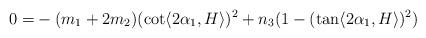
LaTeX: \begin{align*} 0=& -(m_{1}+2m_{2})(\cot \langle 2\alpha_{1}, H\rangle )^{2} +n_{3}(1-(\tan \langle 2\alpha_{1}, H\rangle )^{2}) \end{align*}